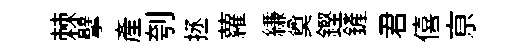
棘擘産刳拯蘿縑奠鏗鏟君僖亰